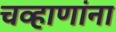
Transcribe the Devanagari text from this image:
चव्हाणांना